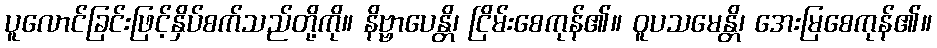
ပူလောင်ခြင်းဖြင့်နှိပ်စက်သည်တို့ကို။ နိဗ္ဗာပေန္တိ၊ ငြိမ်းစေကုန်၏။ ဝူပသမေန္တိ၊ အေးမြစေကုန်၏။